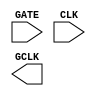
 /*
 	Copyright 2022 AUC Open Source Hardware Lab
	
	Licensed under the Apache License, Version 2.0 (the "License"); 
	you may not use this file except in compliance with the License. 
	You may obtain a copy of the License at:

	http://www.apache.org/licenses/LICENSE-2.0

	Unless required by applicable law or agreed to in writing, software 
	distributed under the License is distributed on an "AS IS" BASIS, 
	WITHOUT WARRANTIES OR CONDITIONS OF ANY KIND, either express or implied. 
	See the License for the specific language governing permissions and 
	limitations under the License.
*/
 
 (* blackbox *)
module sky130_fd_sc_hd__dlclkp_1 (
  input GATE,
  input CLK,
  output GCLK);
endmodule

 (* blackbox *)
module sky130_fd_sc_hd__dlclkp_2 (
  input GATE,
  input CLK,
  output GCLK);
endmodule

 (* blackbox *)
module sky130_fd_sc_hd__dlclkp_4 (
  input GATE,
  input CLK,
  output GCLK);
endmodule